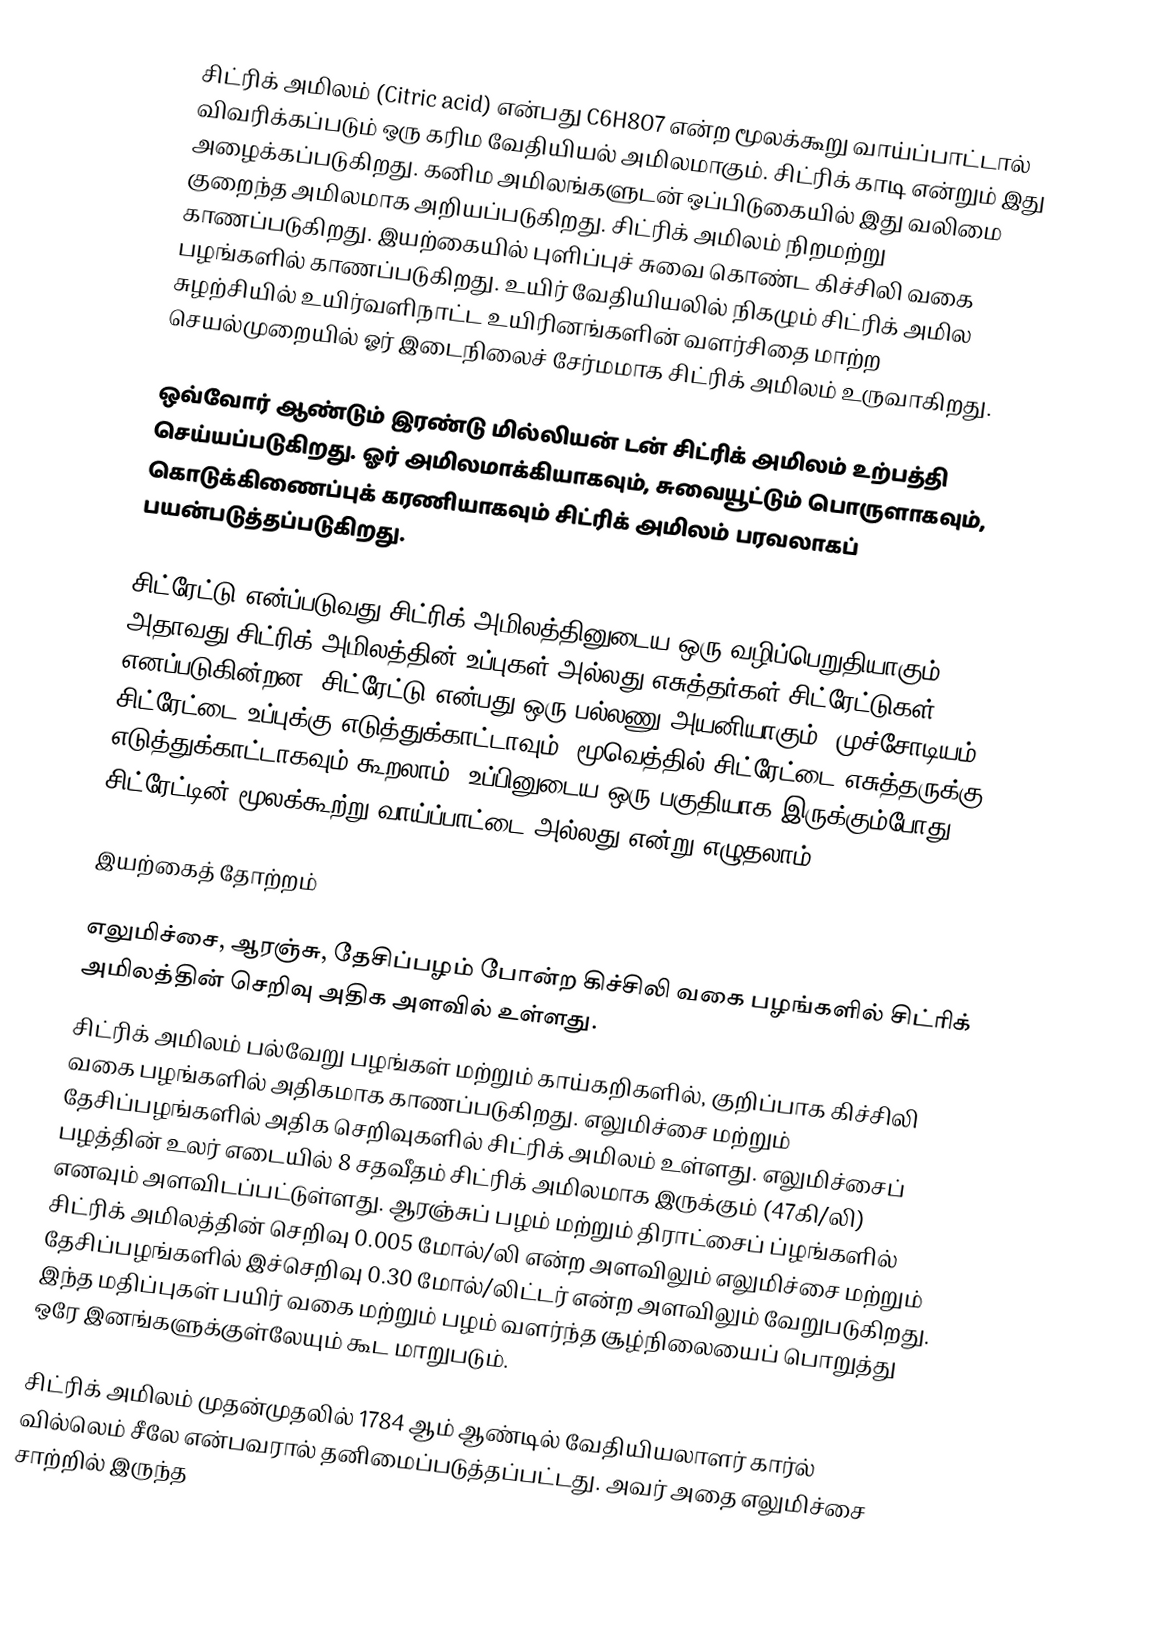
சிட்ரிக் அமிலம் (Citric acid)   என்பது C6H8O7 என்ற மூலக்கூறு வாய்ப்பாட்டால் விவரிக்கப்படும் ஒரு கரிம வேதியியல் அமிலமாகும். சிட்ரிக் காடி என்றும் இது அழைக்கப்படுகிறது. கனிம அமிலங்களுடன் ஒப்பிடுகையில் இது வலிமை குறைந்த அமிலமாக அறியப்படுகிறது. சிட்ரிக் அமிலம் நிறமற்று காணப்படுகிறது. இயற்கையில் புளிப்புச் சுவை கொண்ட கிச்சிலி வகை பழங்களில் காணப்படுகிறது. உயிர் வேதியியலில் நிகழும் சிட்ரிக் அமில சுழற்சியில் உயிர்வளிநாட்ட உயிரினங்களின் வளர்சிதை மாற்ற செயல்முறையில் ஓர் இடைநிலைச் சேர்மமாக சிட்ரிக் அமிலம் உருவாகிறது.

ஒவ்வோர் ஆண்டும் இரண்டு மில்லியன் டன் சிட்ரிக் அமிலம் உற்பத்தி செய்யப்படுகிறது. ஓர் அமிலமாக்கியாகவும், சுவையூட்டும் பொருளாகவும், கொடுக்கிணைப்புக் கரணியாகவும் சிட்ரிக் அமிலம் பரவலாகப் பயன்படுத்தப்படுகிறது.

சிட்ரேட்டு என்ப்படுவது சிட்ரிக் அமிலத்தினுடைய ஒரு வழிப்பெறுதியாகும். அதாவது சிட்ரிக் அமிலத்தின் உப்புகள் அல்லது எசுத்தர்கள் சிட்ரேட்டுகள் எனப்படுகின்றன.  சிட்ரேட்டு என்பது ஒரு பல்லணு  அயனியாகும். முச்சோடியம் சிட்ரேட்டை உப்புக்கு எடுத்துக்காட்டாவும், மூவெத்தில் சிட்ரேட்டை எசுத்தருக்கு எடுத்துக்காட்டாகவும் கூறலாம். உப்பினுடைய ஒரு பகுதியாக இருக்கும்போது சிட்ரேட்டின் மூலக்கூற்று வாய்ப்பாட்டை  அல்லது  என்று எழுதலாம்.

இயற்கைத் தோற்றம்

எலுமிச்சை, ஆரஞ்சு, தேசிப்பழம் போன்ற கிச்சிலி வகை பழங்களில் சிட்ரிக் அமிலத்தின் செறிவு அதிக அளவில் உள்ளது.
சிட்ரிக் அமிலம் பல்வேறு பழங்கள் மற்றும் காய்கறிகளில், குறிப்பாக கிச்சிலி வகை பழங்களில் அதிகமாக காணப்படுகிறது. எலுமிச்சை மற்றும் தேசிப்பழங்களில் அதிக செறிவுகளில் சிட்ரிக் அமிலம் உள்ளது. எலுமிச்சைப் பழத்தின் உலர் எடையில் 8 சதவீதம் சிட்ரிக் அமிலமாக இருக்கும் (47கி/லி) எனவும் அளவிடப்பட்டுள்ளது. ஆரஞ்சுப் பழம் மற்றும் திராட்சைப் ப்ழங்களில் சிட்ரிக் அமிலத்தின் செறிவு 0.005 மோல்/லி என்ற அளவிலும் எலுமிச்சை மற்றும் தேசிப்பழங்களில் இச்செறிவு  0.30 மோல்/லிட்டர் என்ற அளவிலும் வேறுபடுகிறது. இந்த மதிப்புகள் பயிர் வகை மற்றும் பழம் வளர்ந்த சூழ்நிலையைப் பொறுத்து ஒரே இனங்களுக்குள்லேயும் கூட மாறுபடும்.

சிட்ரிக் அமிலம் முதன்முதலில் 1784 ஆம் ஆண்டில் வேதியியலாளர் கார்ல் வில்லெம் சீலே என்பவரால் தனிமைப்படுத்தப்பட்டது. அவர் அதை எலுமிச்சை சாற்றில் இருந்த